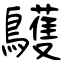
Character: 鸌